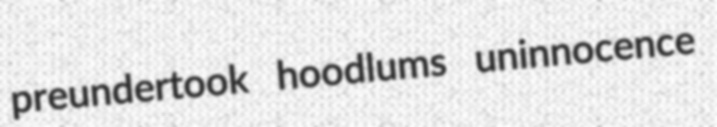
preundertook hoodlums uninnocence